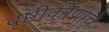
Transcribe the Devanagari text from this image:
दृष्टीकोणाचे